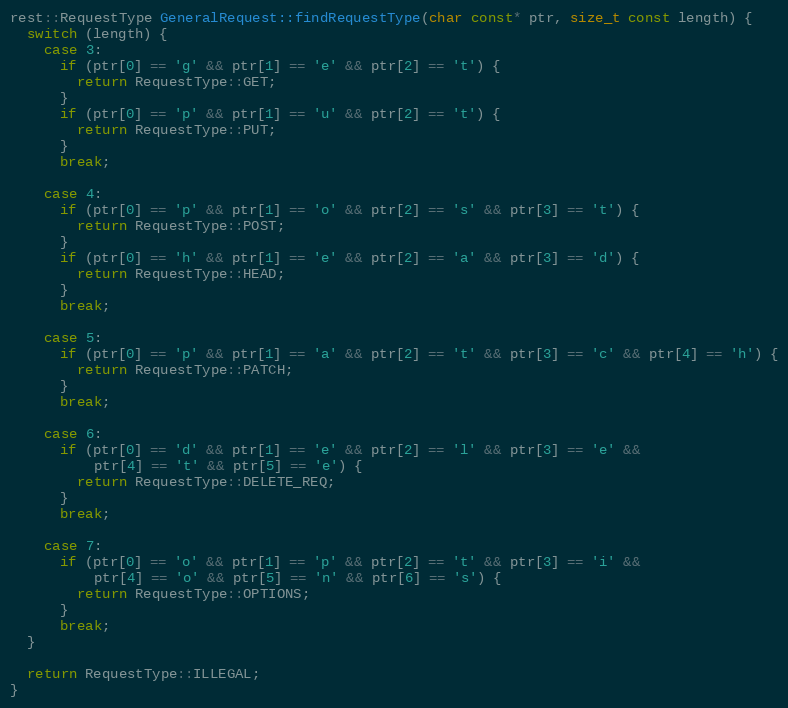
Language: C++
rest::RequestType GeneralRequest::findRequestType(char const* ptr, size_t const length) {
  switch (length) {
    case 3:
      if (ptr[0] == 'g' && ptr[1] == 'e' && ptr[2] == 't') {
        return RequestType::GET;
      }
      if (ptr[0] == 'p' && ptr[1] == 'u' && ptr[2] == 't') {
        return RequestType::PUT;
      }
      break;

    case 4:
      if (ptr[0] == 'p' && ptr[1] == 'o' && ptr[2] == 's' && ptr[3] == 't') {
        return RequestType::POST;
      }
      if (ptr[0] == 'h' && ptr[1] == 'e' && ptr[2] == 'a' && ptr[3] == 'd') {
        return RequestType::HEAD;
      }
      break;

    case 5:
      if (ptr[0] == 'p' && ptr[1] == 'a' && ptr[2] == 't' && ptr[3] == 'c' && ptr[4] == 'h') {
        return RequestType::PATCH;
      }
      break;

    case 6:
      if (ptr[0] == 'd' && ptr[1] == 'e' && ptr[2] == 'l' && ptr[3] == 'e' &&
          ptr[4] == 't' && ptr[5] == 'e') {
        return RequestType::DELETE_REQ;
      }
      break;

    case 7:
      if (ptr[0] == 'o' && ptr[1] == 'p' && ptr[2] == 't' && ptr[3] == 'i' &&
          ptr[4] == 'o' && ptr[5] == 'n' && ptr[6] == 's') {
        return RequestType::OPTIONS;
      }
      break;
  }

  return RequestType::ILLEGAL;
}